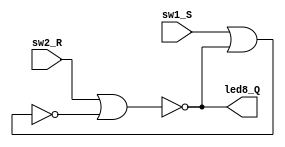
`timescale 1ns / 1ps
//////////////////////////////////////////////////////////////////////////////////
// Company: 
// Engineer: 
// 
// Design Name: 
// Module Name:    rs_latch 
// Project Name: 
// Target Devices: 
// Tool versions: 
// Description: 
//
// Dependencies: 
//
// Revision: 
// Revision 0.01 - File Created
// Additional Comments: 
//
//////////////////////////////////////////////////////////////////////////////////
module rs_latch(
    input sw2_R,
    input sw1_S,
    output led8_Q
    );
	 wire temp;
	 assign led8_Q = !(sw2_R | temp);
	 assign temp   = !(sw1_S | led8_Q);

endmodule